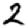
Digit: 2